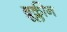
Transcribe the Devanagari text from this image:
ब्रूक्लीन